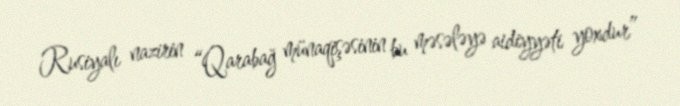
Rusiyalı nazirin “Qarabağ münaqişəsinin bu məsələyə aidiyyəti yoxdur”